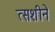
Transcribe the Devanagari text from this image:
त्सशीने